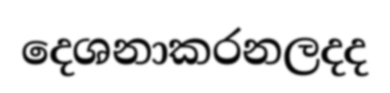
දෙශනාකරනලදද